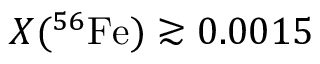
X ( ^ { 5 6 } \mathrm { F e } ) \gtrsim 0 . 0 0 1 5